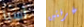
آسيا غرفتين